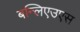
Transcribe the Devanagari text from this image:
बन्लिएउएस